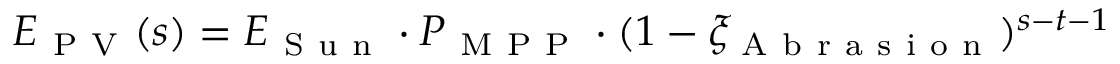
E _ { \mathrm { ~ P ~ V ~ } } ( s ) = E _ { \mathrm { ~ S ~ u ~ n ~ } } \cdot P _ { \mathrm { ~ M ~ P ~ P ~ } } \cdot ( 1 - \xi _ { \mathrm { ~ A ~ b ~ r ~ a ~ s ~ i ~ o ~ n ~ } } ) ^ { s - t - 1 }